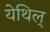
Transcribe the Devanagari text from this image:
येथिल्